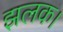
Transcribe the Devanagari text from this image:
झलक।